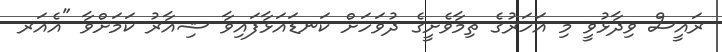
ރައީސް ވިދާޅުވީ މި އަހަރުގެ ތިމާވެށީގެ ދުވަހަށް ކަނޑައަޅާފައިވާ ޝިއާރު ކަމަށްވާ "އެއަރ